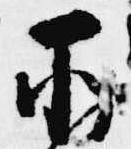
所